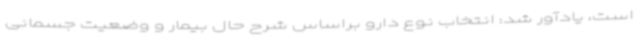
است، یادآور شد: انتخاب نوع دارو براساس شرح حال بیمار و وضعیت جسمانی